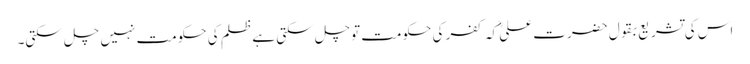
اس کی تشریع بقول حضرت علیؓ کہ کفر کی حکومت توچل سکتی ہے ظلم کی حکومت نہیں چل سکتی۔